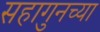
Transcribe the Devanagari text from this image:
सहागुनच्या